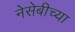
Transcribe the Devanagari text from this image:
नेसेबीच्या